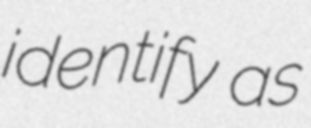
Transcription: identify as